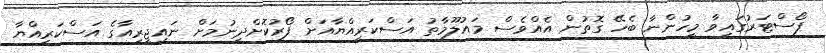
ޕޯސްޓަރުގައިވާ މީހުންނާ ބެހޭ ގޮތުން އެއްވެސް މައުލޫމާތު އަސްކަރިއްޔާއަށް ފޯރުކޮށްދިނުމަށް ނައިޖީރިއާގެ އަސްކަރިއްޔާ